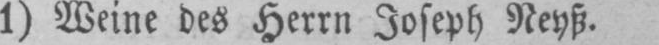
Neyß.